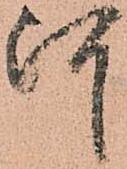
河